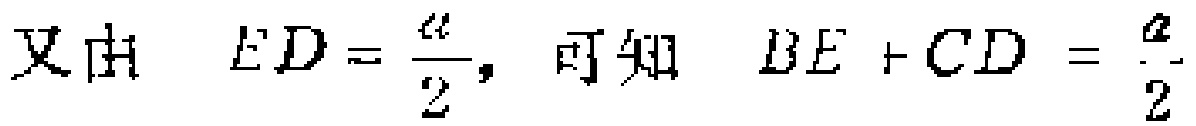
又由 \(ED = \frac{a}{2}\)，可知 \(BE + CD=\frac{a}{2}\)